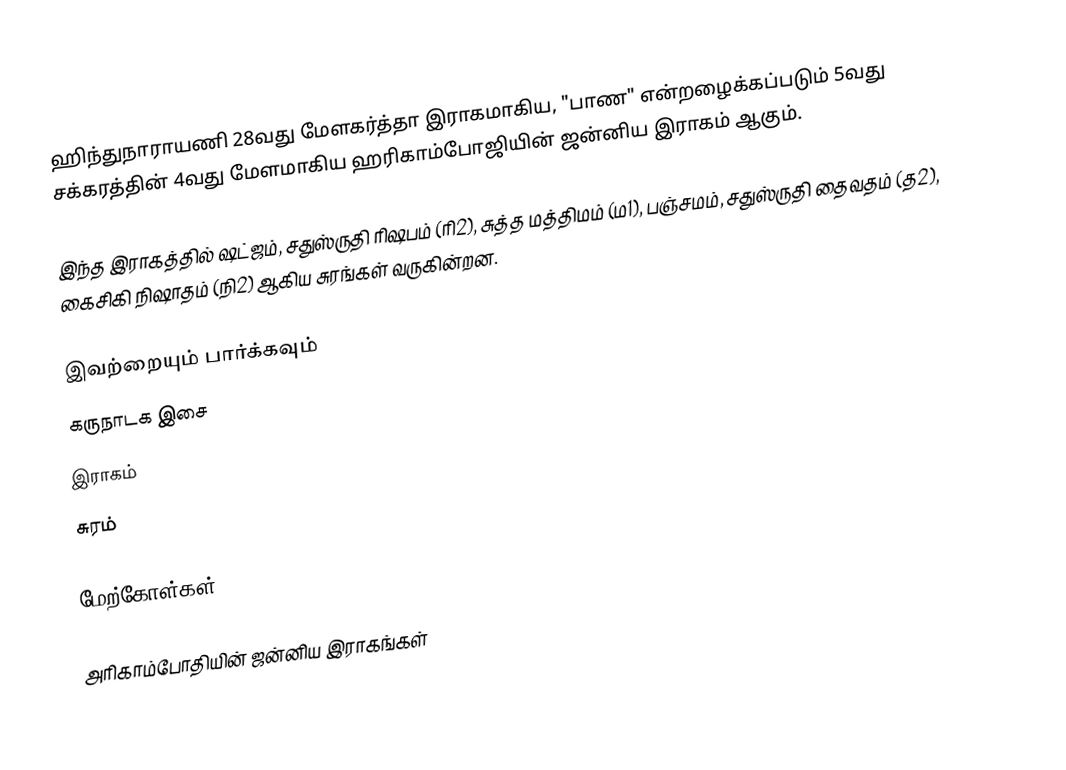
ஹிந்துநாராயணி 28வது மேளகர்த்தா இராகமாகிய, "பாண" என்றழைக்கப்படும் 5வது சக்கரத்தின் 4வது மேளமாகிய ஹரிகாம்போஜியின் ஜன்னிய இராகம் ஆகும்.

இந்த இராகத்தில் ஷட்ஜம், சதுஸ்ருதி ரிஷபம் (ரி2),  சுத்த மத்திமம் (ம1), பஞ்சமம், சதுஸ்ருதி தைவதம் (த2), கைசிகி நிஷாதம்  (நி2) ஆகிய சுரங்கள் வருகின்றன.

இவற்றையும் பார்க்கவும்
 கருநாடக இசை
 இராகம்
 சுரம்

மேற்கோள்கள்

அரிகாம்போதியின் ஜன்னிய இராகங்கள்